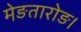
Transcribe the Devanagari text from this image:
मेङतारोङ।